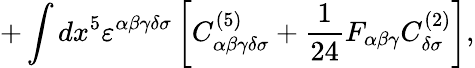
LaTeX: +\int dx^{5}\varepsilon^{\alpha\beta\gamma\delta\sigma}\left[C_{\alpha\beta\gamma\delta\sigma}^{(5)}+{\frac{1}{24}}F_{\alpha\beta\gamma}C_{\delta\sigma}^{(2)}\right],